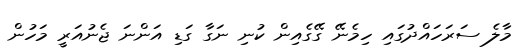
މާލެ ސަރަހައްދުގައި ހިމެނޭ ގޭގެއިން ކުނި ނަގާ ގަޑި އަންނަ ޖެނުއަރީ މަހުން